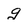
Character: g